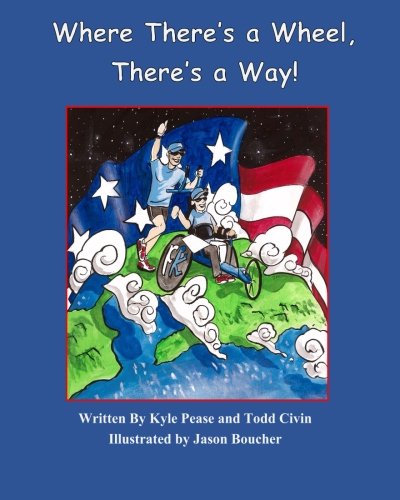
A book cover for Where There's a Wheel, There's a Way; Kyle Pease; Children's Books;